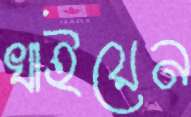
খাইয়েন